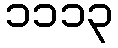
၁၁၁၃